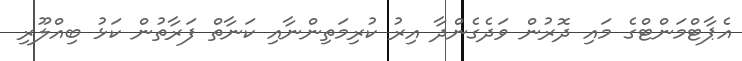
އެޕާޓްމަންޓްގެ މައި ދޮރުން ވަދެގެންދާ އިރު ކުރިމަތިންނާއި ކަނާތް ފަރާތުން ކަޅު ބިއްލޫރި